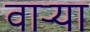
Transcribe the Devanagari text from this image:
वार्‍या